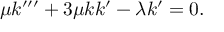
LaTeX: \mu k ^ { \prime \prime \prime } + 3 \mu k k ^ { \prime } - \lambda k ^ { \prime } = 0 .